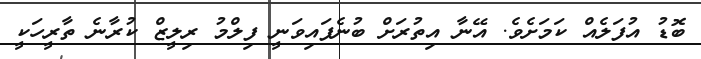
ބޮޑު އުފަލެއް ކަމަށެވެ. އޭނާ އިތުރަށް ބުނެފައިވަނީ ފިލްމު ރިލީޒް ކުރާނެ ތާރީހަކީ